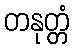
တနုတ္တံ